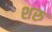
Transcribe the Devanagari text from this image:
शरु